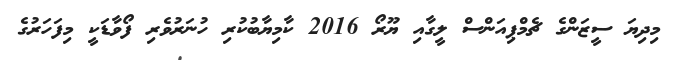
މިދިޔަ ސީޒަންގެ ޗެމްޕިއަންސް ލީގާއި ޔޫރޯ 2016 ކާމިޔާބުކުރި ހުނަރުވެރި ފޯވާޑަކީ މިފަހަރުގެ